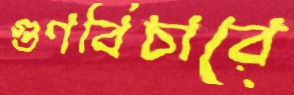
গুণবিচারে